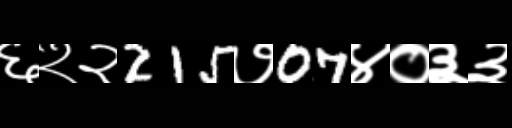
Text: ६२२215७07४०३३